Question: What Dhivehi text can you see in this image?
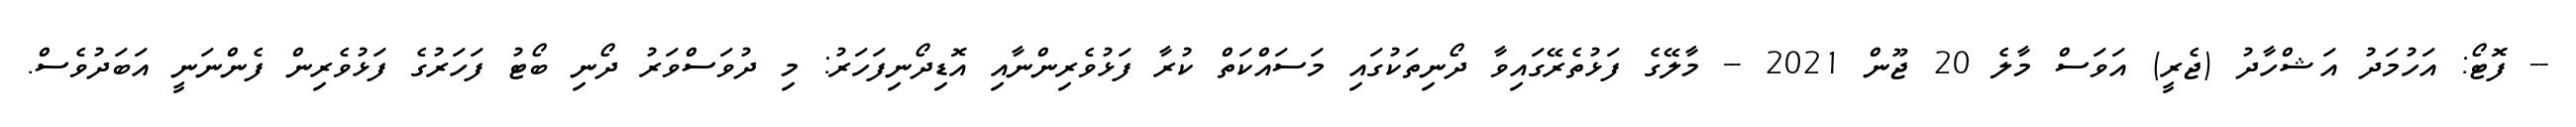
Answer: -- ފޮޓޯ: އަހުމަދު އަޝްހާދު (ޖެރީ) އަވަސް މާލެ 20 ޖޫން 2021 -- މާލޭގެ ފަޅުތެރޭގައިވާ ދޯނިތަކުގައި މަސައްކަތް ކުރާ ފަޅުވެރިންނާއި އޮޑިދޯނިފަހަރު: މި ދުވަސްވަރު ދޯނި ބޯޓު ފަހަރުގެ ފަޅުވެރިން ފެންނަނީ އަބަދުވެސް.